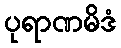
ပုရာဏမိဒံ